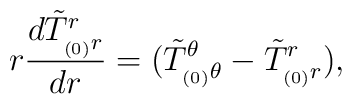
r\frac{d \tilde T^r_{_{(0)}r}}{dr} = (\tilde T^{\theta}_{_{(0)}\theta} - \tilde T^r_{_{(0)}r}),